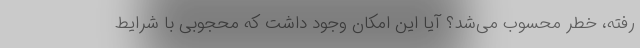
رفته، خطر محسوب می‌شد؟ آیا این امکان وجود داشت که محجوبی با شرایط